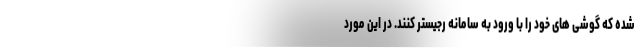
شده که گوشی های خود را با ورود به سامانه رجیستر کنند. در این مورد